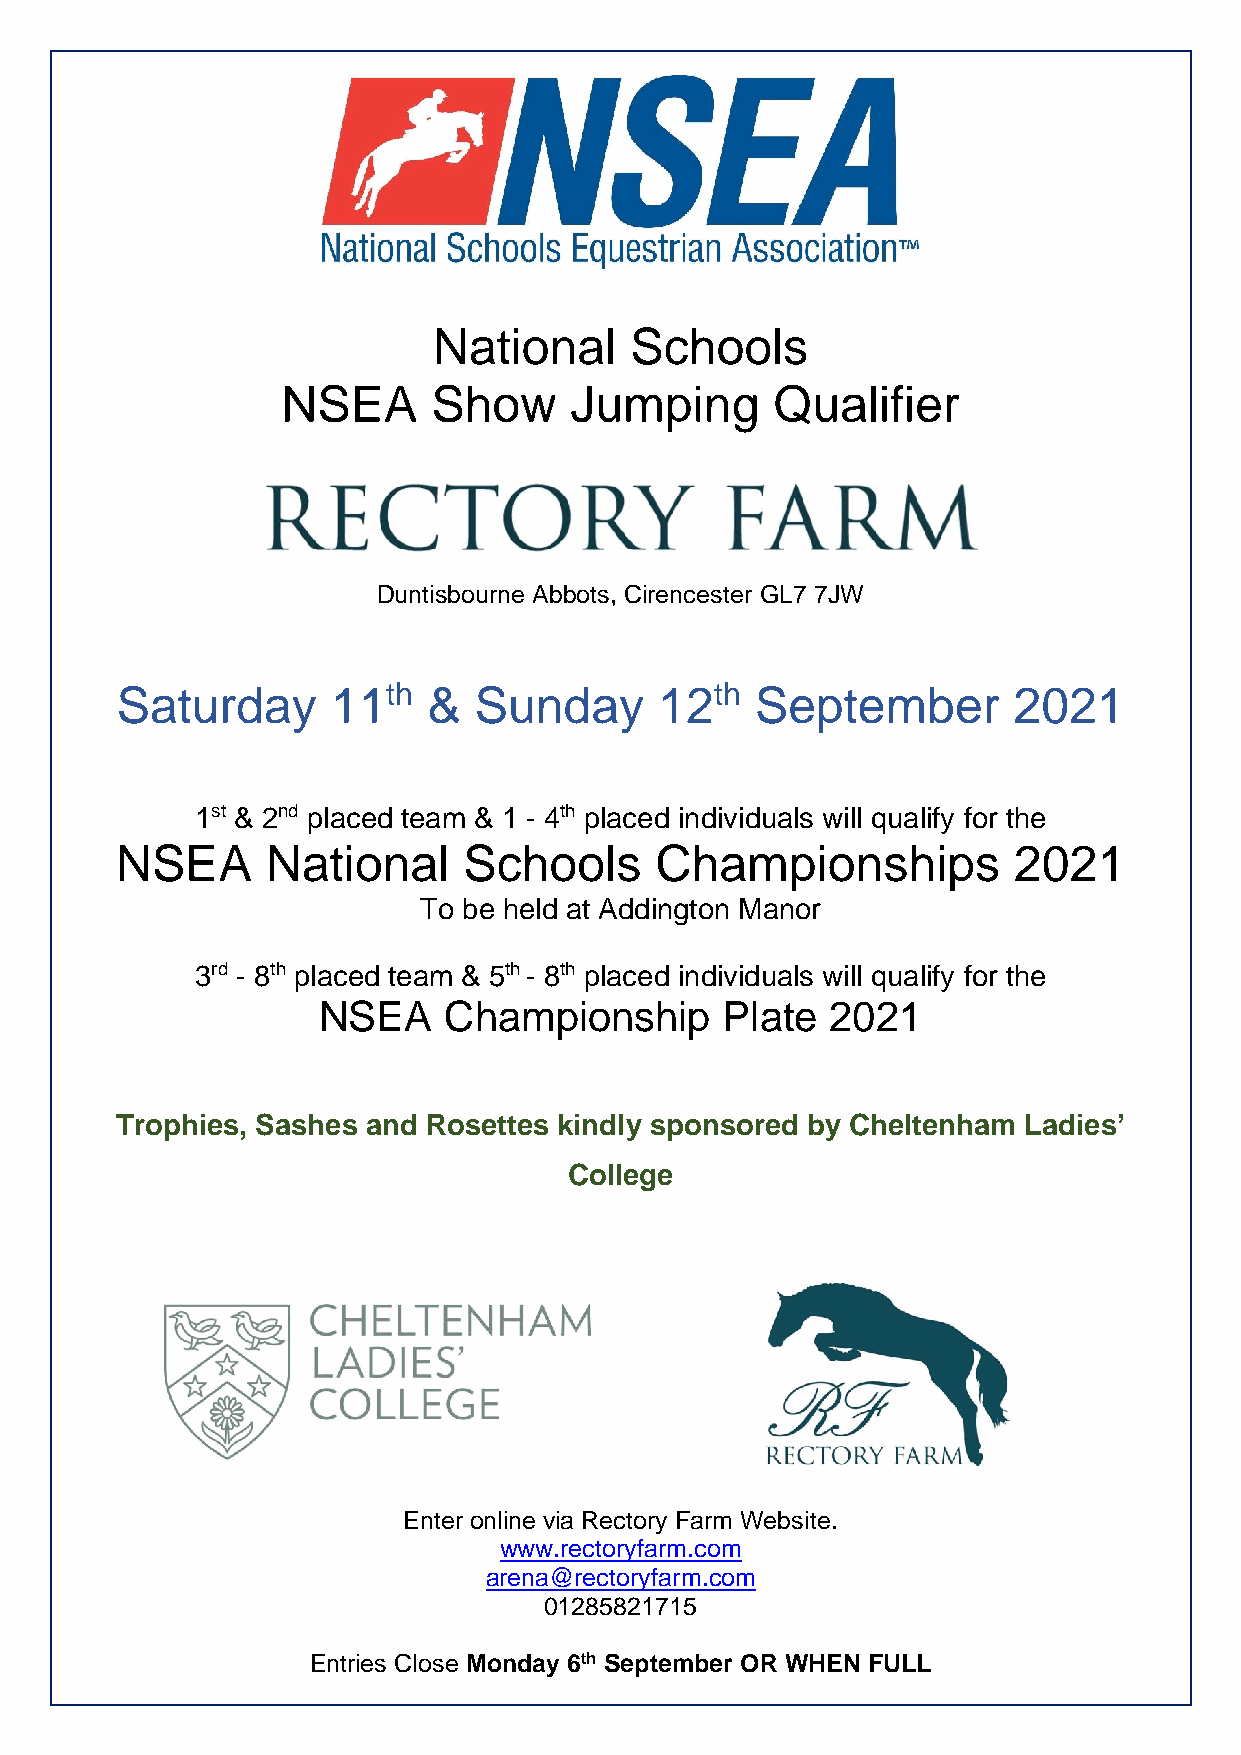
National     Schools
 NSEA      Show     Jumping      Qualifier
 Duntisbourne Abbots, Cirencester GL7 7JW
 Saturday      11th  &  Sunday       12th  September        2021
 1st & 2nd placed team & 1 - 4th placed individuals will qualify for the
 NSEA      National     Schools     Championships           2021
 To be held at Addington Manor
 3rd - 8th placed team & 5th - 8th placed individuals will qualify for the
 NSEA    Championship       Plate  2021
 Trophies, Sashes and Rosettes kindly sponsored by Cheltenham Ladies’
 College
 Enter online via Rectory Farm Website.
 www.rectoryfarm.com
 arena@rectoryfarm.com
 01285821715
 Entries Close Monday 6th September OR WHEN FULL